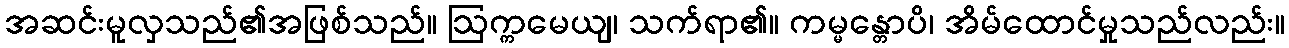
အဆင်းမူလှသည်၏အဖြစ်သည်။ ဩက္ကမေယျ၊ သက်ရာ၏။ ကမ္မန္တောပိ၊ အိမ်ထောင်မှုသည်လည်း။